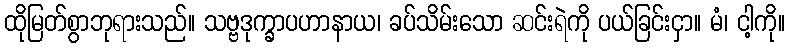
ထိုမြတ်စွာဘုရားသည်။ သဗ္ဗဒုက္ခာပဟာနာယ၊ ခပ်သိမ်းသော ဆင်းရဲကို ပယ်ခြင်းငှာ။ မံ၊ ငါ့ကို။